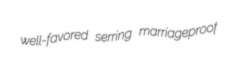
well-favored serring marriageproof